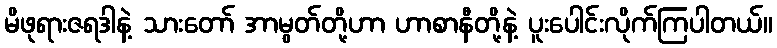
မိဖုရားဇရဒါနဲ့ သားတော် အာမွတ်တို့ဟာ ဟာစာနီတို့နဲ့ ပူးပေါင်းလိုက်ကြပါတယ်။